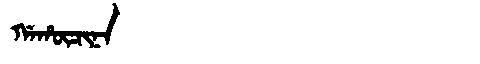
Manchu: ᡤᠠᡥᡡᠴᡳᠨᠠ
Romanization: GAHŪCINA